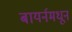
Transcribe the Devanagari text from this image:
बायर्नमधून